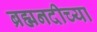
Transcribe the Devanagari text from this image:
ब्रह्मनदीच्या